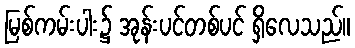
မြစ်ကမ်းပါး၌ အုန်းပင်တစ်ပင် ရှိလေသည်။